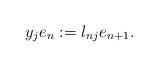
LaTeX: \begin{align*}y_j e_n := \l_{nj} e_{n+1}.\end{align*}